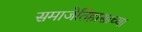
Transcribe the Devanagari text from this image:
समाजेतिहासाच्या